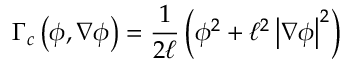
\Gamma _ { c } \left( \phi , \nabla \phi \right) = \frac { 1 } { 2 \ell } \left( \phi ^ { 2 } + \ell ^ { 2 } \left| \nabla \phi \right| ^ { 2 } \right)